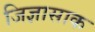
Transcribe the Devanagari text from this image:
जिज्ञासाक